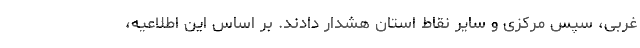
غربی، سپس مرکزی و سایر نقاط استان هشدار دادند. بر اساس این اطلاعیه،